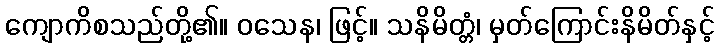
ကျောကိစသည်တို့၏။ ဝသေန၊ ဖြင့်။ သနိမိတ္တံ၊ မှတ်ကြောင်းနိမိတ်နှင့်